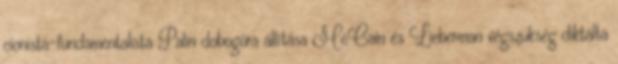
cionista-fundamentalista Palin dobogóra állítása McCain és Lieberman végszükség diktálta